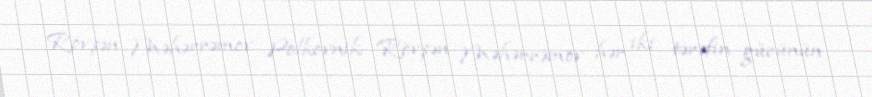
Rövşən Məhərrəmov Polkovnik Rövşən Məhərrəmov hər iki tərəfin gücünün